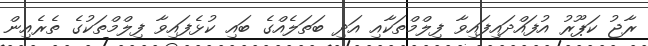
ރާޖު ކަޕޫރު އުފައްދައިފައިވާ ފިލްމްތަކާއި އަދި ބަތަލެއްގެ ބައި ކުޅެފައިވާ ފިލްމްތަކުގެ ތެރެއިން